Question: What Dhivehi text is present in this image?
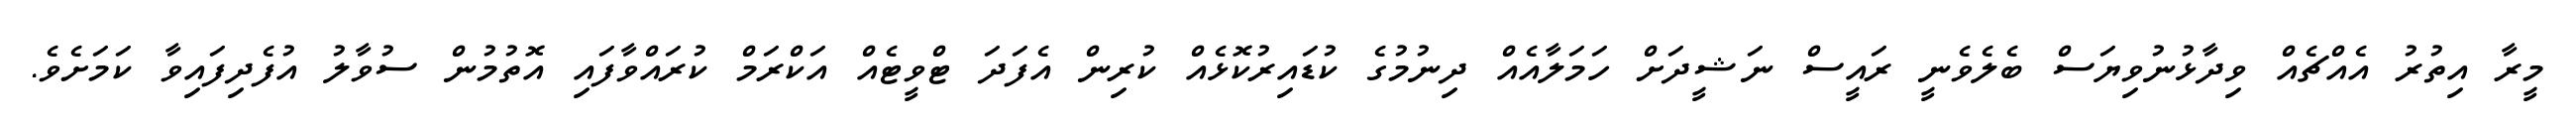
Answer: މީރާ އިތުރު އެއްޗެއް ވިދާޅުނުވިޔަސް ބެލެވެނީ ރައީސް ނަޝީދަށް ހަމަލާއެއް ދިނުމުގެ ކުޑައިރުކޮޅެއް ކުރިން އެފަދަ ޓްވީޓެއް އަކްރަމް ކުރައްވާފައި އޮތުމުން ސުވާލު އުފެދިފައިވާ ކަމަށެވެ.